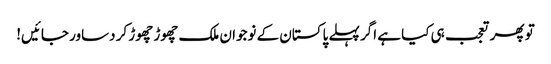
تو پھر تعجب ہی کیا ہے اگر پہلے پاکستان کے نوجوان ملک چھوڑ چھوڑ کر دساور جائیں!